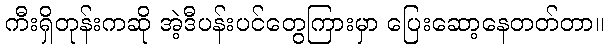
ကီးရှိတုန်းကဆို အဲ့ဒီပန်းပင်တွေကြားမှာ ပြေးဆော့နေတတ်တာ။